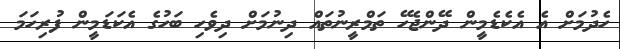
ހެދުމަށް އެ އެކެޑެމީން ދޭންޖެހޭ ތަމްރީނުތައް ދިނުމަށް ދިވެހި ބަހުގެ އެކަޑަމީން ފުރިހަމަ